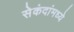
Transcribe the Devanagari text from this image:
सेकंदांमध्ये